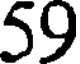
59